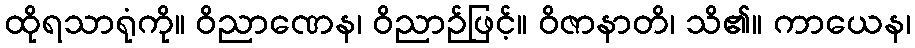
ထိုရသာရုံကို။ ဝိညာဏေန၊ ဝိညာဉ်ဖြင့်။ ဝိဇာနာတိ၊ သိ၏။ ကာယေန၊